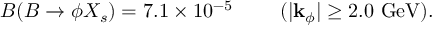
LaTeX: { \cal B } ( B \to \phi X _ { s } ) = 7 . 1 \times 1 0 ^ { - 5 } ~ ~ ~ ~ ~ ~ ~ ( | { \bf k } _ { \phi } | \geq 2 . 0 ~ \mathrm { G e V } ) .